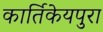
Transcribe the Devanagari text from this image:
कार्तिकेयपुरा